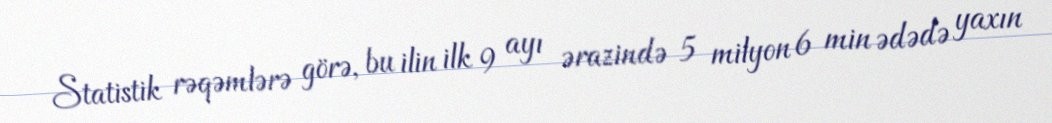
Statistik rəqəmlərə görə, bu ilin ilk 9 ayı ərazində 5 milyon 6 min ədədə yaxın